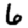
Digit: 6